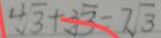
4 \sqrt { 3 } + 3 \sqrt { 3 } = 7 \sqrt { 3 }